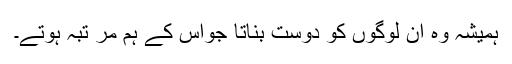
ہمیشہ وہ ان لوگوں کو دوست بناتا جواس کے ہم مر تبہ ہوتے۔